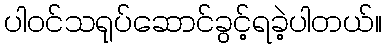
ပါဝင်သရုပ်ဆောင်ခွင့်ရခဲ့ပါတယ်။